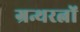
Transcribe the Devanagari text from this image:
ग्रन्थरत्नों